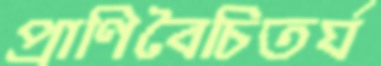
প্রাণিবৈচিতর্য